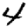
Digit: 4